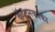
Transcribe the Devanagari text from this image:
कॅप्टनकाका